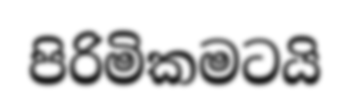
පිරිමිකමටයි